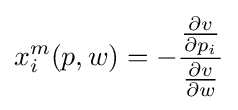
x_{i}^{m}(p,w)=-{\frac {\frac {\partial v}{\partial p_{i}}}{\frac {\partial v}{\partial w}}}